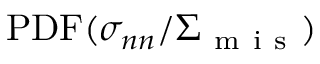
\mathrm { P D F } ( \sigma _ { n n } / \Sigma _ { \mathrm { ~ m ~ i ~ s ~ } } )